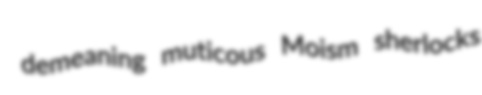
demeaning muticous Moism sherlocks